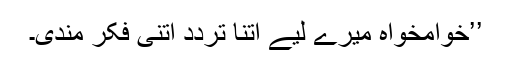
’’خوامخواہ میرے لیے اتنا تردّد اتنی فکر مندی۔